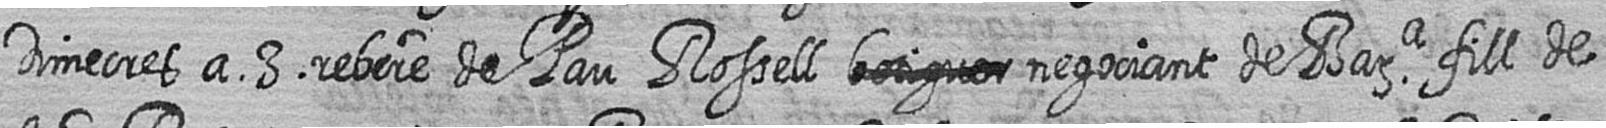
Dimecres a 3 rebere de Pau Rossell # negociant de Bara fill de